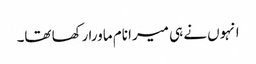
انہوں نے ہی میرا نام ماورا رکھا تھا۔